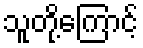
သူတို့ကြောင့်